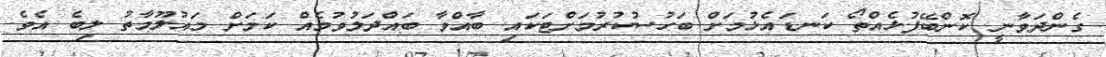
ގެންދަވާނީ ކޮންބޭފުޅެއްތޯ ކަނޑައެޅުމަށް ބަހުސުކުރުމަށްޓަކައި ބާއްވާ ބައްދަލުވުމެއް ކަމަށް މައުލޫމާތު ލިބެ އެވެ.